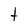
Character: t